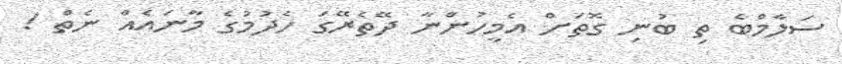
ސަލާމްބެ ތި ބުނި ގޮތަށް އެމީހުންނާ ދޭތެރޭގަ ހެދުމުގެ މާނައެއް ނެތް !